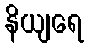
နိယျရေ